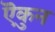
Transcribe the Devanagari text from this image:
ऎकुन